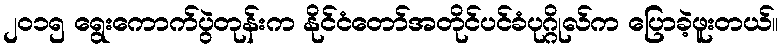
၂၀၁၅ ရွေးကောက်ပွဲတုန်းက နိုင်ငံတော်အတိုင်ပင်ခံပုဂ္ဂိုလ်က ပြောခဲ့ဖူးတယ်။